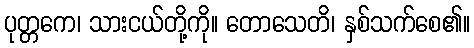
ပုတ္တကေ၊ သားငယ်တို့ကို။ တောသေတိ၊ နှစ်သက်စေ၏။